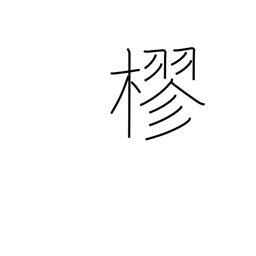
Meaning: to entwine